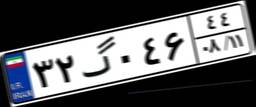
۳۲گ۰۴۶۴۴